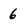
Character: 6